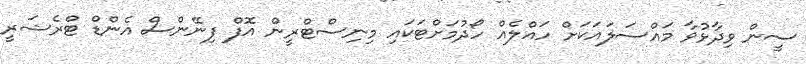
ސީން ވިދާޅުވާ މައްސަލައަކަށް ހައްލެއް ހޯދުމަށްޓަކައި މިނިސްޓްރީން އޮފް ފިނޭންސް އެންޑް ޓްރެޝަރީ